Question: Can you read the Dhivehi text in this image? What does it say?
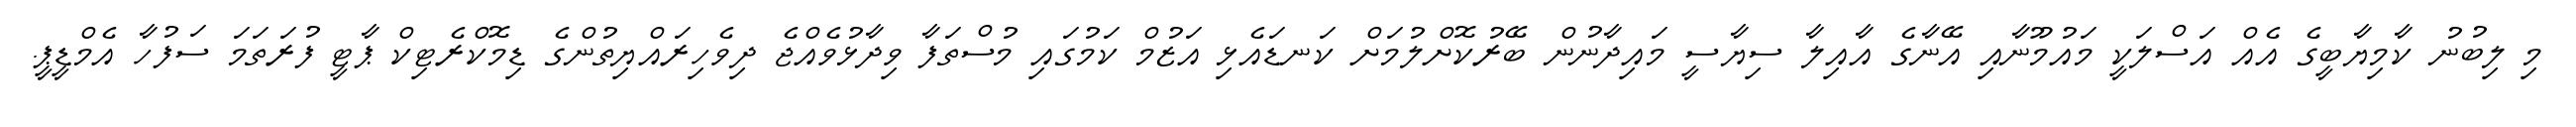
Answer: މި ލިބުނު ކާމިޔާބީގެ އެއް އަސްލަކީ މައުމޫނާއި އޭނާގެ އާއިލާ ސިޔާސީ މައިދާނުން ބޭރުކޮށްލުމަށް ކަނޑައެޅި އަޒުމް ކަމުގައި މުސްތަފާ ވިދާޅުވެއްޖެ ދިވެހިރައްޔިތުންގެ ޑިމޮކްރެޓިކް ޕާޓީ ފުރަތަމަ ސަފުހާ އެމްޑީޕީ.